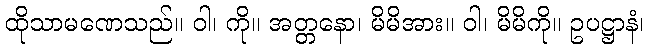
ထိုသာမဏေသည်။ ဝါ၊ ကို။ အတ္တနော၊ မိမိအား။ ဝါ၊ မိမိကို။ ဥပဋ္ဌာနံ၊